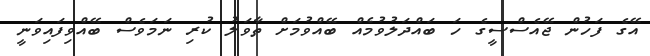
އޭގެ ފަހުން ޖޭއެސްސީގެ ހަ ބައްދަލުވުމެއް ބޭއްވުމަށް ތާވަލު ކުރި ނަމަވެސް ބޭއްވިފައިވަނީ